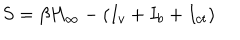
S = \beta H _ { \infty } - ( I _ { v } + I _ { b } + I _ { c t } )